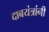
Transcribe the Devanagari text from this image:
दाबयंत्रांनी